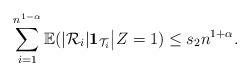
LaTeX: \begin{align*} \sum_{i=1}^{n^{1-\alpha}} \mathbb{E}(|\mathcal{R}_i| \mathbf{1}_{{\cal T}_i} \big| Z=1) \leq s_2 n^{1+\alpha}.\end{align*}